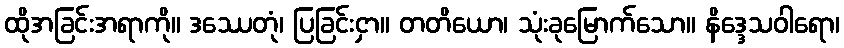
ထိုအခြင်းအရာကို။ ဒဿေတုံ၊ ပြခြင်းငှာ။ တတိယော၊ သုံးခုမြောက်သော။ နိဒ္ဒေသဝါရော၊